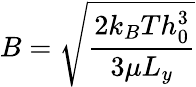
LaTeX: B=\sqrt{\frac{2k_{B}Th_{0}^{3}}{3\mu L_{y}}}